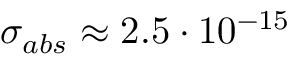
\sigma _ { a b s } \approx 2 . 5 \cdot 1 0 ^ { - 1 5 }